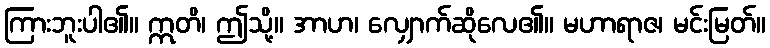
ကြားဘူးပါ၏။ ဣတိ၊ ဤသို့။ အာဟ၊ လျှောက်ဆိုလေ၏။ မဟာရာဇ၊ မင်းမြတ်။